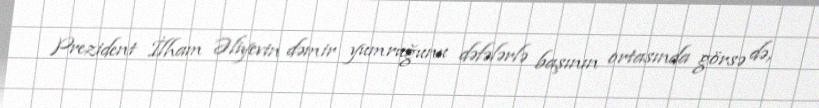
Prezident İlham Əliyevin dəmir yumruğunu dəfələrlə başının ortasında görsə də,